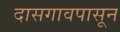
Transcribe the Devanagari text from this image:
दासगावपासून